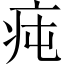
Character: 𤵊